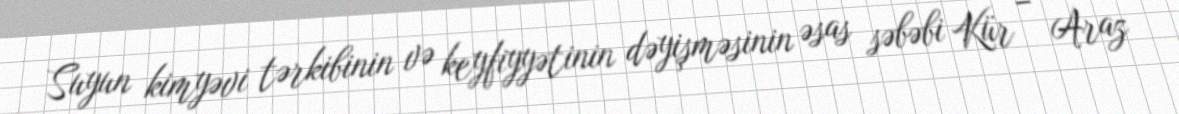
Suyun kimyəvi tərkibinin və keyfiyyətinin dəyişməsinin əsas səbəbi Kür – Araz